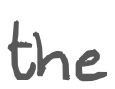
Text: the
Cross-out: clean
Writing tool: digital_gray